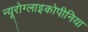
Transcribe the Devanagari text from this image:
न्यूरोग्लाइकोपीनिया